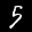
Label: 5